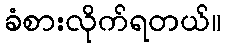
ခံစားလိုက်ရတယ်။